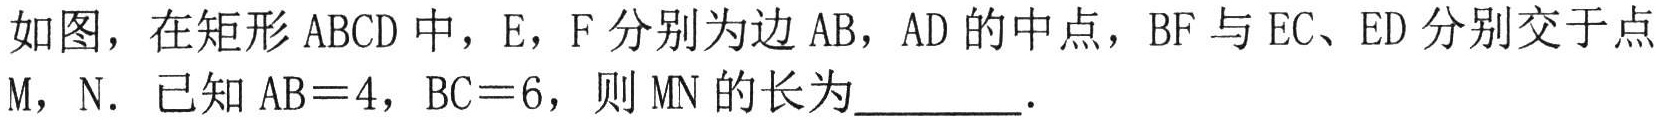
如图，在矩形 \(ABCD\) 中，\(E\)，\(F\) 分别为边 \(AB\)，\(AD\) 的中点，\(BF\) 与 \(EC\)、\(ED\) 分别交于点 \(M\)，\(N\)．已知 \(AB = 4\)，\(BC = 6\)，则 \(MN\) 的长为  ．